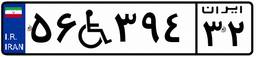
۵۶W۳۹۴۳۲